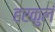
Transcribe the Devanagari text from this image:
हरकुलं